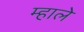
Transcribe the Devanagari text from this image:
म्हाले